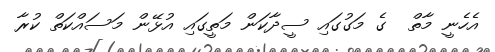
އެހެނީ މާތް  ގެ މަގުގައި ސީދާކަން މަތީގައި އުޅޭން މަސައްކަތް ކުރާ